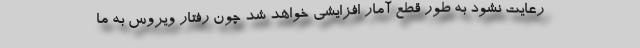
رعایت نشود به طور قطع آمار افزایشی خواهد شد چون رفتار ویروس به ما